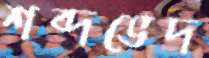
শব্দভেদ